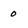
Character: 0